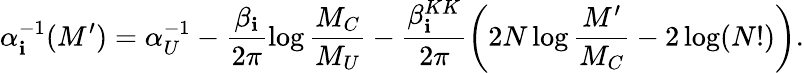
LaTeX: \alpha_{\mathbf{i}}^{-1}(M^{\prime})=\alpha_{U}^{-1}-\frac{{\beta_{\mathbf{i}}}}{{2\pi}}\log\frac{{M_{C}}}{{M_{U}}}-\frac{{\beta_{\mathbf{i}}^{KK}}}{{2\pi}}\left(2N\log\frac{{M^{\prime}}}{{M_{C}}}-2\log(N!)\right).